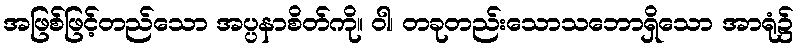
အဖြစ်ဖြင့်တည်သော အပ္ပနာစိတ်ကို။ ဝါ၊ တခုတည်းသောသဘောရှိသော အာရုံ၌